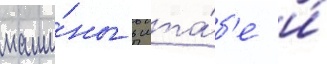
маши́ны в шта́б'е и́